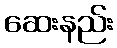
ဆေးနည်း